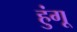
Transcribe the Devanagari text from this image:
हुंगू